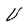
Character: V